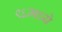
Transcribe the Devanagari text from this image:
९६मध्ये